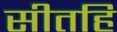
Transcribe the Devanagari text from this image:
सीतहि